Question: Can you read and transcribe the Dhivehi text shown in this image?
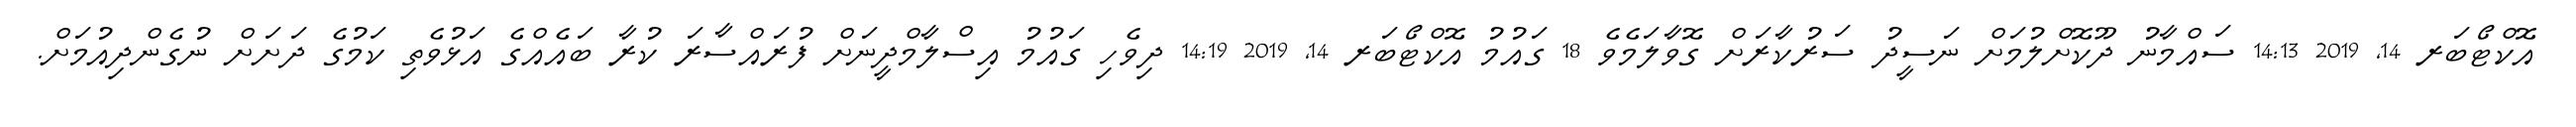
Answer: އޮކްޓޯބަރ 14, 2019 14:13 ސައްމާނު ދޫކޮށްލުމަށް ނަސީދު ސަރުކާރަށް ގޮވާލަމެވެ 18 ގައުމު އޮކްޓޯބަރ 14, 2019 14:19 ދިވެހި ގައުމު އިސްލާމްދީނަށް ފުރައްސާރަ ކުރާ ބައެއްގެ އަޅުވެތި ކަމުގެ ދަށަށް ނުގެންދިއުމަށް.